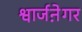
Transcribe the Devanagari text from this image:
श्वार्जने़गर